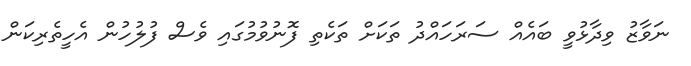
ނަވާޒު ވިދާޅުވީ ބައެއް ސަރަހައްދު ތަކަށް ތަކެތި ފޮނުވުމުގައި ވެސް ފުލުހުން އެހީތެރިކަން